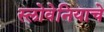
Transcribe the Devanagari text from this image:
स्लोवेनियाचे